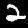
Label: 2